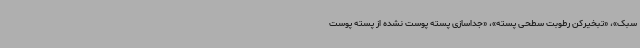
سبک»، «تبخیرکن رطوبت سطحی پسته»، «جداسازی پسته پوست نشده از پسته پوست